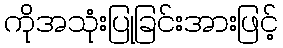
ကိုအသုံးပြုခြင်းအားဖြင့်